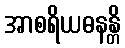
အာစရိယဓနန္တိ